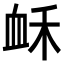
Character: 𧖲